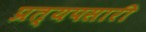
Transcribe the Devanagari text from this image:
प्रत्यपसारी